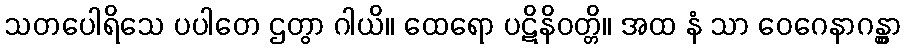
သတပေါရိသေ ပပါတေ ဌတွာ ဂါယိ။ ထေရော ပဋိနိဝတ္တိ။ အထ နံ သာ ဝေဂေနာဂန္တွာ